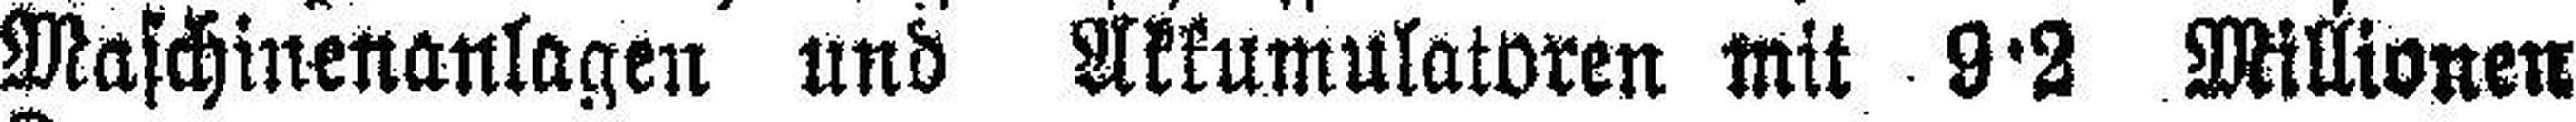
Maschinenanlagen und Akkumulatoren mit 9·2 Millionen